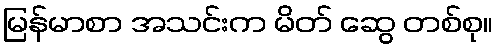
မြန်မာစာ အသင်းက မိတ် ဆွေ တစ်စု။